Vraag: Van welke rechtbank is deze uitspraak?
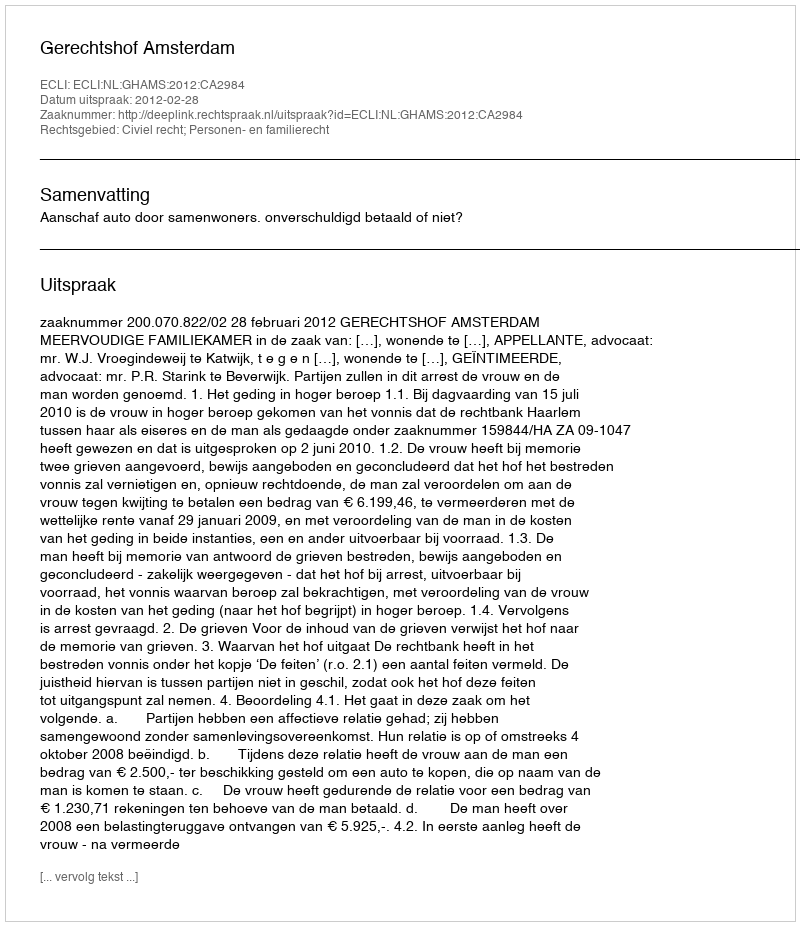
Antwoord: Gerechtshof Amsterdam